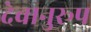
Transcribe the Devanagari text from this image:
देवानुरूप